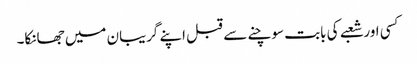
کسی اور شعبے کی بابت سوچنے سے قبل اپنے گریبان میں جھانکا۔